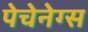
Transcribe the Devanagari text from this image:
पेचेनेग्स